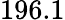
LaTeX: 196.1